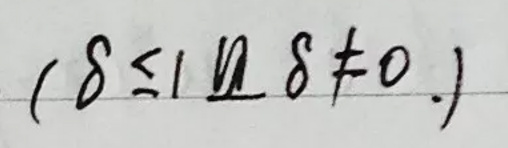
$(\delta \leq 1 \text{ 且 } \delta \neq 0.)$